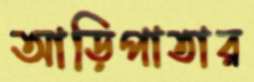
আড়িপাতার